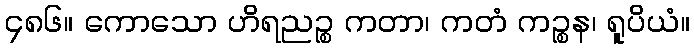
၄၈၆။ ကောသော ဟိရညဉ္စ ကတာ၊ ကတံ ကဉ္စန၊ ရူပိယံ။